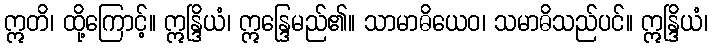
ဣတိ၊ ထို့ကြောင့်။ ဣန္ဒြိယံ၊ ဣန္ဒြေမည်၏။ သာမာဓိယေဝ၊ သမာဓိသည်ပင်။ ဣန္ဒြိယံ၊